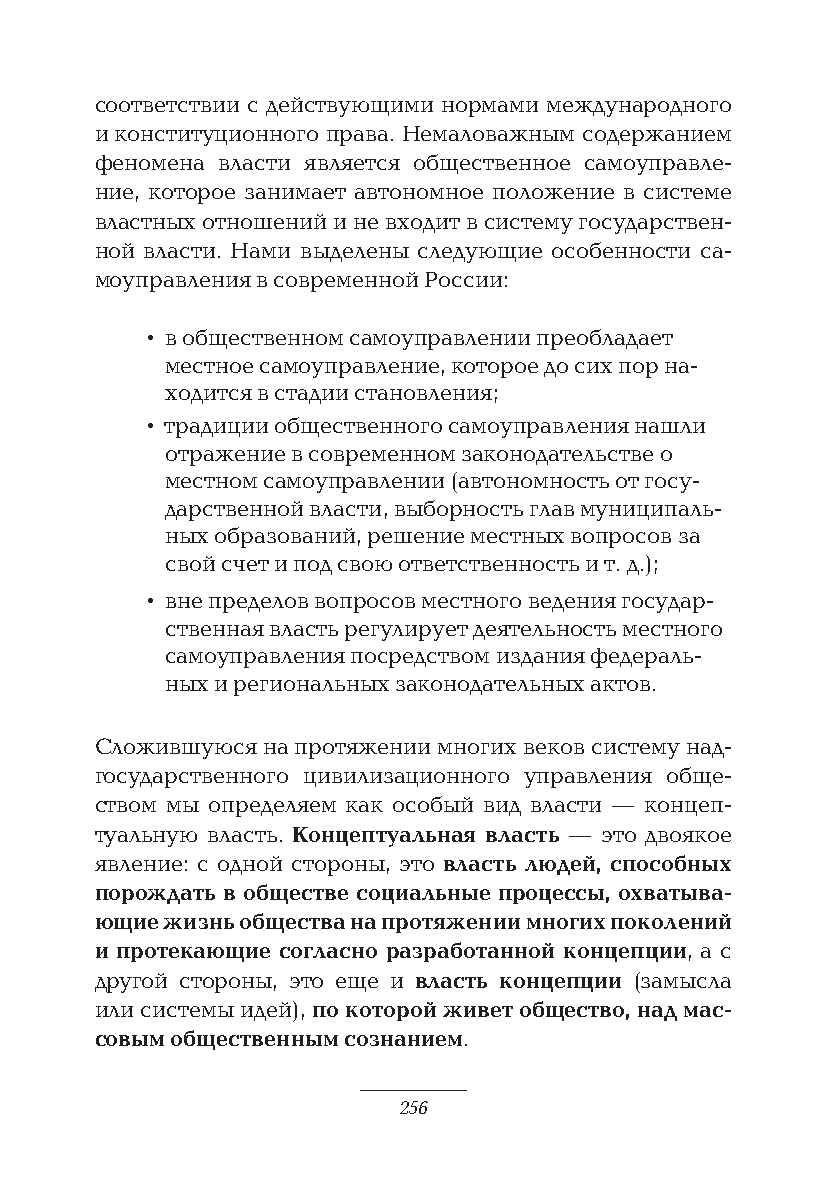
соответствии с действующими нормами международного
 и конституционного права. Немаловажным содержанием
 феномена власти является общественное самоуправле-
 ние, которое занимает автономное положение в системе
 властных отношений и не входит в систему государствен-
 ной власти. Нами выделены следующие особенности са-
 моуправления в современной России:
 • в общественном самоуправлении преобладает
 местное самоуправление, которое до сих пор на-
 ходится в стадии становления;
 • традиции общественного самоуправления нашли
 отражение в современном законодательстве о
 местном самоуправлении (автономность от госу-
 дарственной власти, выборность глав муниципаль-
 ных образований, решение местных вопросов за
 свой счет и под свою ответственность и т. д.);
 • вне пределов вопросов местного ведения государ-
 ственная власть регулирует деятельность местного
 самоуправления посредством издания федераль-
 ных и региональных законодательных актов.
 Сложившуюся на протяжении многих веков систему над-
 государственного цивилизационного управления обще-
 ством мы определяем как особый вид власти — концеп-
 туальную власть. Концептуальная власть — это двоякое
 явление: с одной стороны, это власть людей, способных
 порождать в обществе социальные процессы, охватыва-
 ющие жизнь общества на протяжении многих поколений
 и протекающие согласно разработанной концепции, а с
 другой стороны, это еще и власть концепции (замысла
 или системы идей), по которой живет общество, над мас-
 совым общественным сознанием.
 256